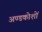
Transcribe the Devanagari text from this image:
अण्डकोशों